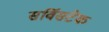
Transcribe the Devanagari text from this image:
सर्विसटेक